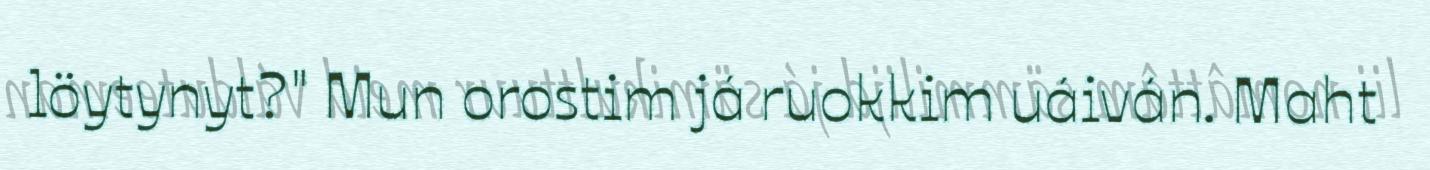
löytynyt?" Mun orostim já ruokkim uáiván. Maht